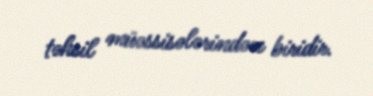
təhsil müəssisələrindən biridir.